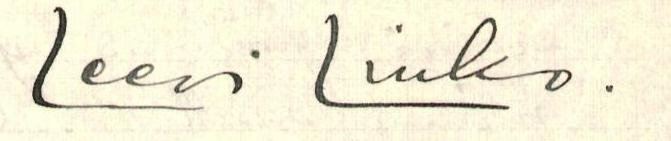
Leevi Linko.